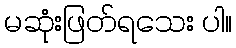
မဆုံးဖြတ်ရသေး ပါ။